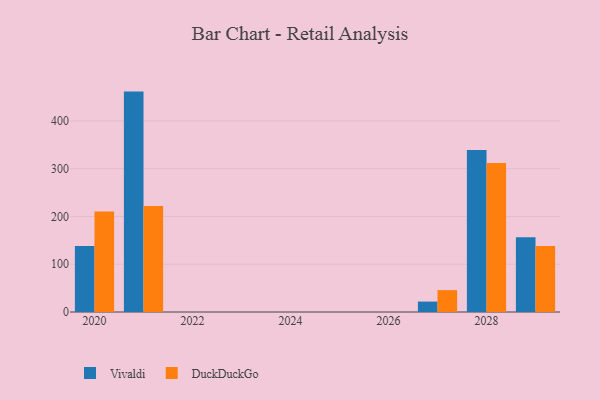
{"axis": {"x": "Year", "y": "Net Income (USD K)"}, "legend": ["DuckDuckGo", "Vivaldi"], "data": [{"x": "2021", "y": 461.3, "type": "Vivaldi"}, {"x": "2021", "y": 222.0, "type": "DuckDuckGo"}, {"x": "2029", "y": 156.4, "type": "Vivaldi"}, {"x": "2029", "y": 138.1, "type": "DuckDuckGo"}, {"x": "2028", "y": 339.2, "type": "Vivaldi"}, {"x": "2028", "y": 312.1, "type": "DuckDuckGo"}, {"x": "2020", "y": 138.1, "type": "Vivaldi"}, {"x": "2020", "y": 210.4, "type": "DuckDuckGo"}, {"x": "2027", "y": 21.8, "type": "Vivaldi"}, {"x": "2027", "y": 45.8, "type": "DuckDuckGo"}]}